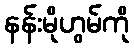
နန်းမိုဟွမ်ကို